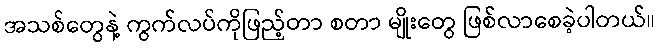
အသစ်တွေနဲ့ ကွက်လပ်ကိုဖြည့်တာ စတာ မျိုးတွေ ဖြစ်လာစေခဲ့ပါတယ်။